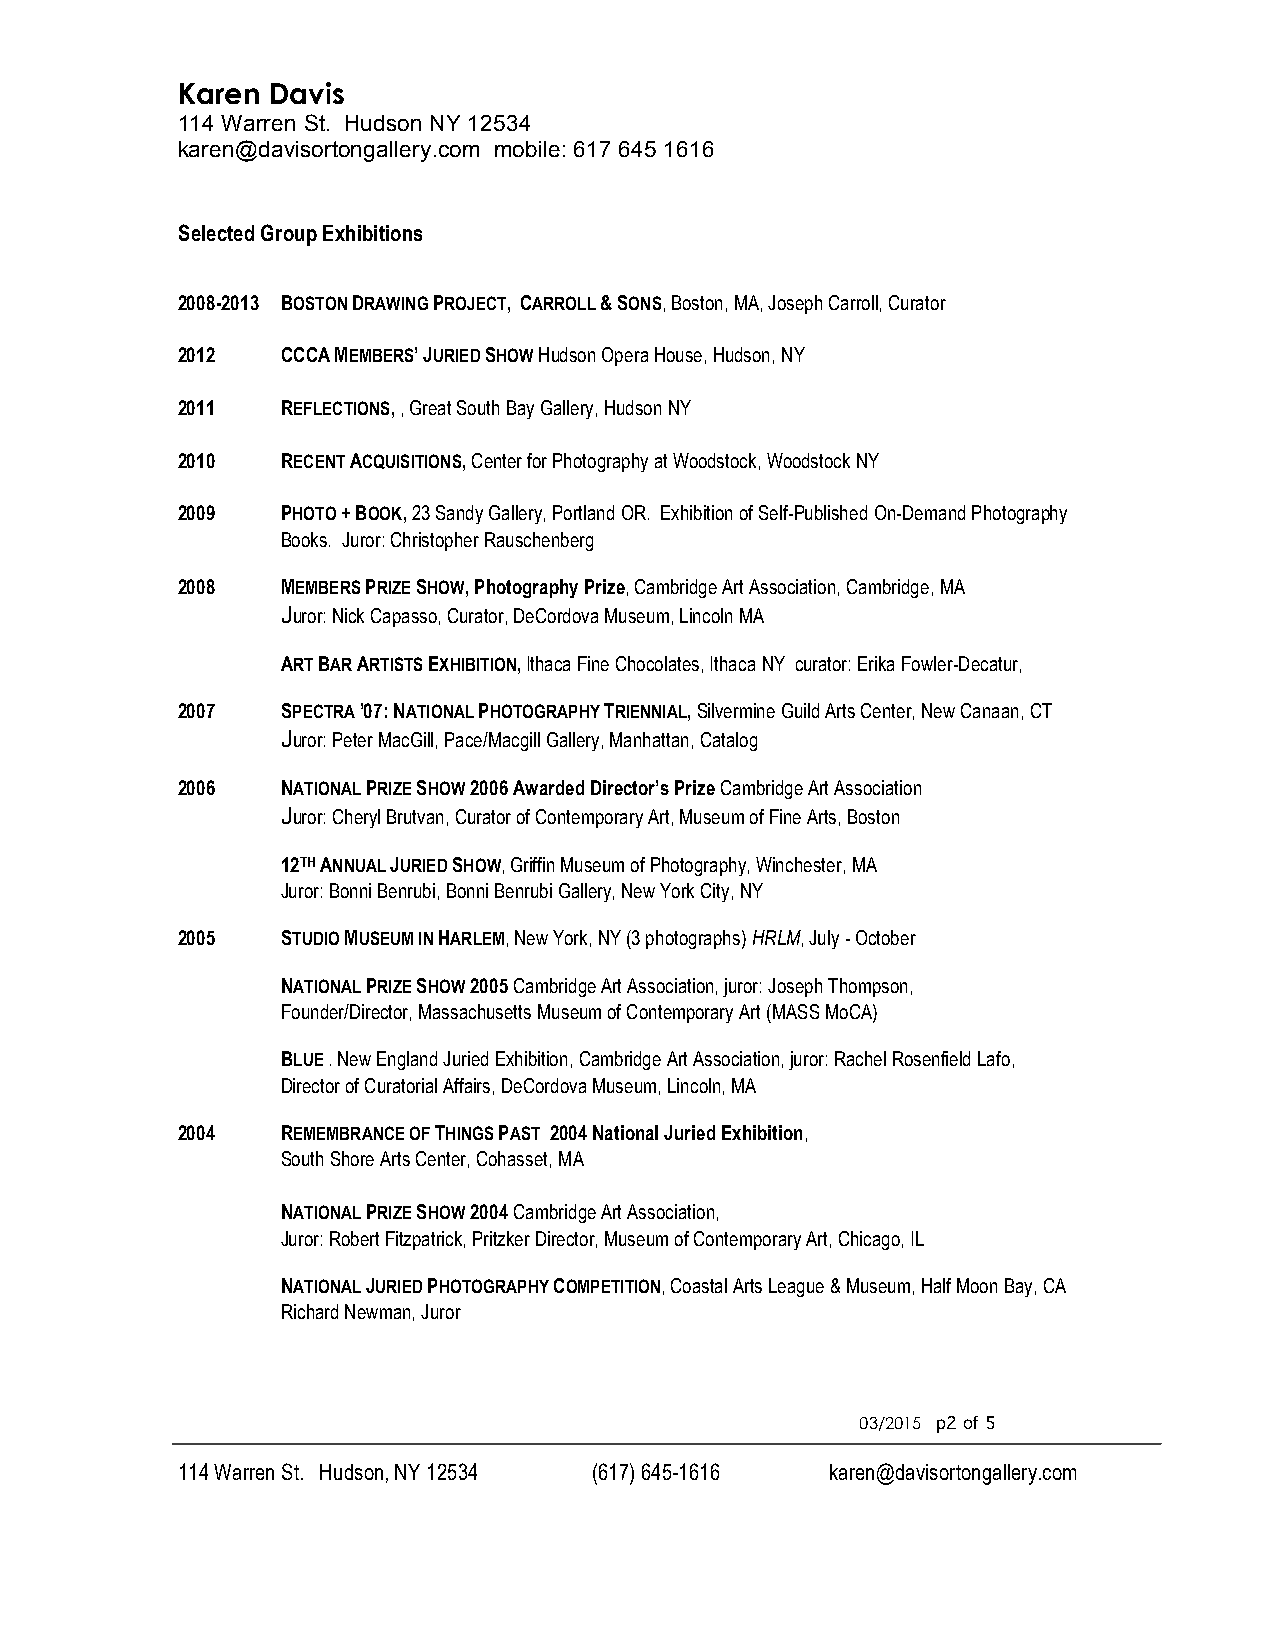
Karen Davis
 114 Warren St. Hudson NY 12534
 karen@davisortongallery.com mobile: 617 645 1616
 Selected Group Exhibitions
 2008-2013 BOSTON DRAWING PROJECT, CARROLL & SONS, Boston, MA, Joseph Carroll, Curator
 2012   CCCA MEMBERS’ JURIED SHOW Hudson Opera House, Hudson, NY
 2011   REFLECTIONS, , Great South Bay Gallery, Hudson NY
 2010   RECENT ACQUISITIONS, Center for Photography at Woodstock, Woodstock NY
 2009   PHOTO + BOOK, 23 Sandy Gallery, Portland OR. Exhibition of Self-Published On-Demand Photography
 Books. Juror: Christopher Rauschenberg
 2008   MEMBERS PRIZE SHOW, Photography Prize, Cambridge Art Association, Cambridge, MA
 Juror: Nick Capasso, Curator, DeCordova Museum, Lincoln MA
 ART BAR ARTISTS EXHIBITION, Ithaca Fine Chocolates, Ithaca NY curator: Erika Fowler-Decatur,
 2007   SPECTRA ’07: NATIONAL PHOTOGRAPHY TRIENNIAL, Silvermine Guild Arts Center, New Canaan, CT
 Juror: Peter MacGill, Pace/Macgill Gallery, Manhattan, Catalog
 2006   NATIONAL PRIZE SHOW 2006 Awarded Director’s Prize Cambridge Art Association
 Juror: Cheryl Brutvan, Curator of Contemporary Art, Museum of Fine Arts, Boston
 12TH ANNUAL JURIED SHOW, Griffin Museum of Photography, Winchester, MA
 Juror: Bonni Benrubi, Bonni Benrubi Gallery, New York City, NY
 2005   STUDIO MUSEUM IN HARLEM, New York, NY (3 photographs) HRLM, July - October
 NATIONAL PRIZE SHOW 2005 Cambridge Art Association, juror: Joseph Thompson,
 Founder/Director, Massachusetts Museum of Contemporary Art (MASS MoCA)
 BLUE . New England Juried Exhibition, Cambridge Art Association, juror: Rachel Rosenfield Lafo,
 Director of Curatorial Affairs, DeCordova Museum, Lincoln, MA
 2004   REMEMBRANCE OF THINGS PAST 2004 National Juried Exhibition,
 South Shore Arts Center, Cohasset, MA
 NATIONAL PRIZE SHOW 2004 Cambridge Art Association,
 Juror: Robert Fitzpatrick, Pritzker Director, Museum of Contemporary Art, Chicago, IL
 NATIONAL JURIED PHOTOGRAPHY COMPETITION, Coastal Arts League & Museum, Half Moon Bay, CA
 Richard Newman, Juror
 03/2015 p2 of 5
 114 Warren St. Hudson, NY 12534 (617) 645-1616 karen@davisortongallery.com